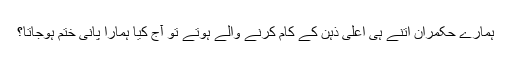
ہمارے حکمران اتنے ہی اعلیٰ ذہن کے کام کرنے والے ہوتے تو آج کیا ہمارا پانی ختم ہوجاتا؟